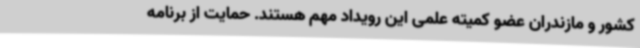
کشور و مازندران عضو کمیته علمی این رویداد مهم هستند. حمایت از برنامه